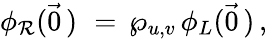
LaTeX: \phi_{\mathcal{R}}(\vec{{0}}\, )\, \, =\, \wp_{u,v}\, \phi_{L}(\vec{{0}}\, )\, ,